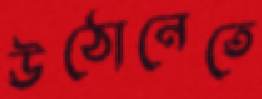
উঠোনেতে